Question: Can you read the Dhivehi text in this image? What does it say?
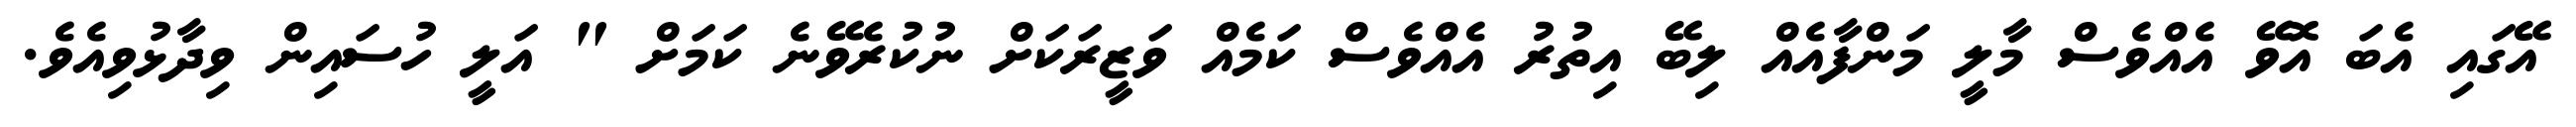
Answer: އޭގައި އެބަ އޮވޭ އެއްވެސް މާލީ މަންފާއެއް ލިބޭ އިތުރު އެއްވެސް ކަމެއް ވަޒީރަކަށް ނުކުރެވޭނެ ކަމަށް " އަލީ ހުސައިން ވިދާޅުވިއެވެ.